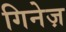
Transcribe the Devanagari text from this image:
गिनेज़